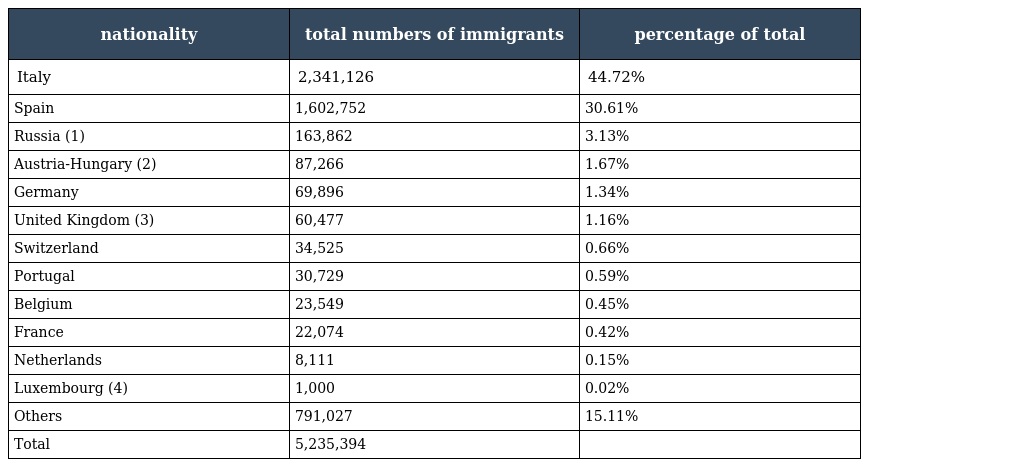
| nationality | total numbers of immigrants | percentage of total |
 | --- | --- | --- |
 | Italy | 2,341,126 | 44.72% |
 | Spain | 1,602,752 | 30.61% |
 | Russia (1) | 163,862 | 3.13% |
 | Austria-Hungary (2) | 87,266 | 1.67% |
 | Germany | 69,896 | 1.34% |
 | United Kingdom (3) | 60,477 | 1.16% |
 | Switzerland | 34,525 | 0.66% |
 | Portugal | 30,729 | 0.59% |
 | Belgium | 23,549 | 0.45% |
 | France | 22,074 | 0.42% |
 | Netherlands | 8,111 | 0.15% |
 | Luxembourg (4) | 1,000 | 0.02% |
 | Others | 791,027 | 15.11% |
 | Total | 5,235,394 |  |